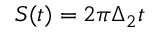
S ( t ) = 2 \pi \Delta _ { 2 } t